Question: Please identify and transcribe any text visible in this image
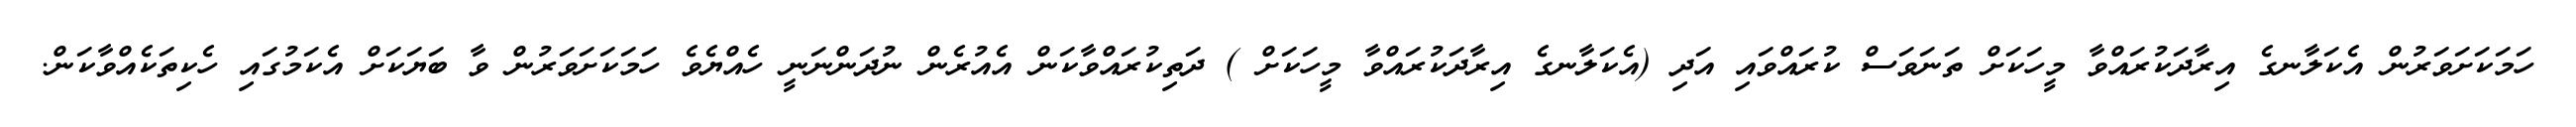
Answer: ހަމަކަށަވަރުން އެކަލާނގެ އިރާދަކުރައްވާ މީހަކަށް ތަނަވަސް ކުރައްވައި އަދި (އެކަލާނގެ އިރާދަކުރައްވާ މީހަކަށް ) ދަތިކުރައްވާކަން އެއުރެން ނުދަންނަނީ ހެއްޔެވެ ހަމަކަށަވަރުން ވާ ބަޔަކަށް އެކަމުގައި ހެކިތަކެއްވާކަން.